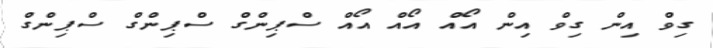
ގިވް އިން ގިވް އިން އޯއް އޯއް އޯއް ސްޕިންގް ސްޕިންގް ސްޕިންގް